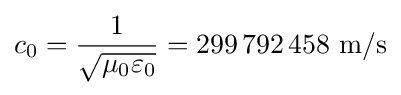
c_{0}={\frac {1}{\sqrt {\mu _{0}\varepsilon _{0}}}}=299\,792\,458{\text{ m/s}}